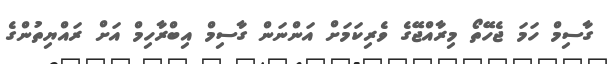
ގާސިމް ހަމަ ޖެހޭތޯ މިރާއްޖޭގެ ވެރިކަަމަށް އަންނަން ގާސިމް އިބްރާހިމް އަށް ރައްޔިތުންގެ